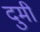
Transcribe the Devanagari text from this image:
दुमी